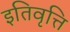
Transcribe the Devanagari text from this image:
इतिवृत्ति